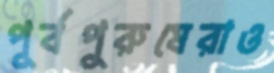
পূর্বপুরুষেরাও